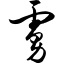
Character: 虏